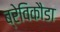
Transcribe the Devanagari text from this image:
ब्रेविकौडा